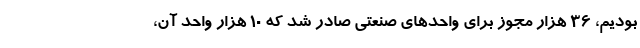
بودیم، ۳۶ هزار مجوز برای واحد‌های صنعتی صادر شد که ۱۰ هزار واحد آن،